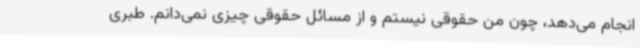
انجام می‌دهد، چون من حقوقی نیستم و از مسائل حقوقی چیزی نمی‌دانم. طبری